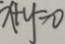
x + y = 0